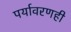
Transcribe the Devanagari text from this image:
पर्यावरणही